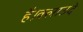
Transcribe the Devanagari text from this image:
है।क्लाउदे